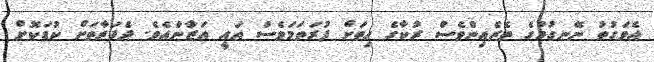
އެވަގުތު ނޭނގުމުގެ ތެރެއިންވެސް ރުކާގެ ހިތަށް ފުރަތަމަވެސް އައީ އަޒާންއެވެ. ދެފަރާތަށް ކުޑަކޮށް